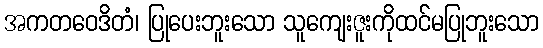
အကတဝေဒိတံ၊ ပြုပေးဘူးသော သူကျေးဇူးကိုထင်မပြုဘူးသော